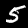
Label: 5